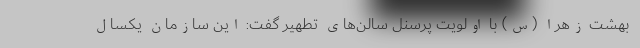
بهشت زهرا (س) با اولویت پرسنل سالن‌های تطهیر گفت: این سازمان یکسال